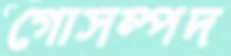
গোসম্পদ